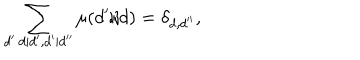
\sum _ { d ^ { \prime } : d | d ^ { \prime } , d ^ { \prime } | d ^ { \prime \prime } } \mu ( d ^ { \prime } / d ) = \delta _ { d , d ^ { \prime \prime } } ,